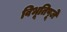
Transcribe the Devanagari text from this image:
विभूतिपूजे